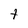
Character: t